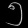
Digit: ၅